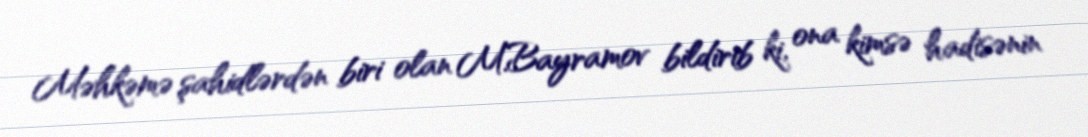
Məhkəmə şahidlərdən biri olan M.Bayramov bildirib ki, ona kimsə hadisənin